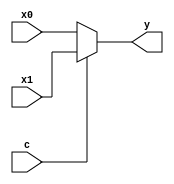
`timescale 1ns / 1ps
//////////////////////////////////////////////////////////////////////////////////
// Company: 
// Engineer: 
// 
// Design Name: 
// Module Name: mux
// Project Name: 
// Target Devices: 
// Tool Versions: 
// Description: 
// 
// Dependencies: 
// 
// Revision:
// Revision 0.01 - File Created
// Additional Comments:
// 
//////////////////////////////////////////////////////////////////////////////////


module mux2 #(parameter width = 8)
(
    input [width-1:0] x0, x1, 
    input c, 
    output [width-1:0] y
    );

  assign y = c ? x1 : x0; 
  
endmodule

module mux3 #(parameter width = 8)(
    input [width-1:0] x0, x1, x2,
    input [1:0] c, 
    output [width-1:0] y
    );

  assign y = c[1] ? x2 : (c[0] ? x1 : x0); 
  
endmodule